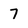
Character: 7